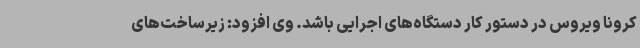
کرونا ویروس در دستور کار دستگاه‌های اجرایی باشد. وی افزود: زیرساخت‌های